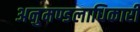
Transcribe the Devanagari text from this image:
अनुमण्डलाधिकारी